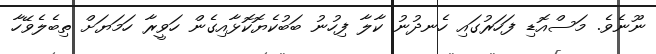
ނޫނެވެ. މަސްއޮޑި ފަހަރުގައި ހެނދުނު ކާލާ ފިހުނު ބަބުކެޔޮކޮޅާއިގެން ހަވީރާ ހަމަޔަށް ތިބެލެވޭހާ